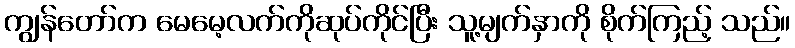
ကျွန်တော်က မေမေ့လက်ကိုဆုပ်ကိုင်ပြီး သူ့မျက်နှာကို စိုက်ကြည့် သည်။